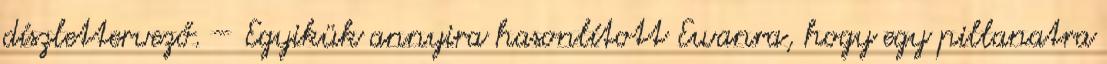
díszlettervező. – Egyikük annyira hasonlított Ewanra, hogy egy pillanatra